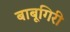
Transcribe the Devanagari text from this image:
बाबूगिरी